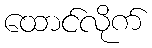
ထောင်လိုက်